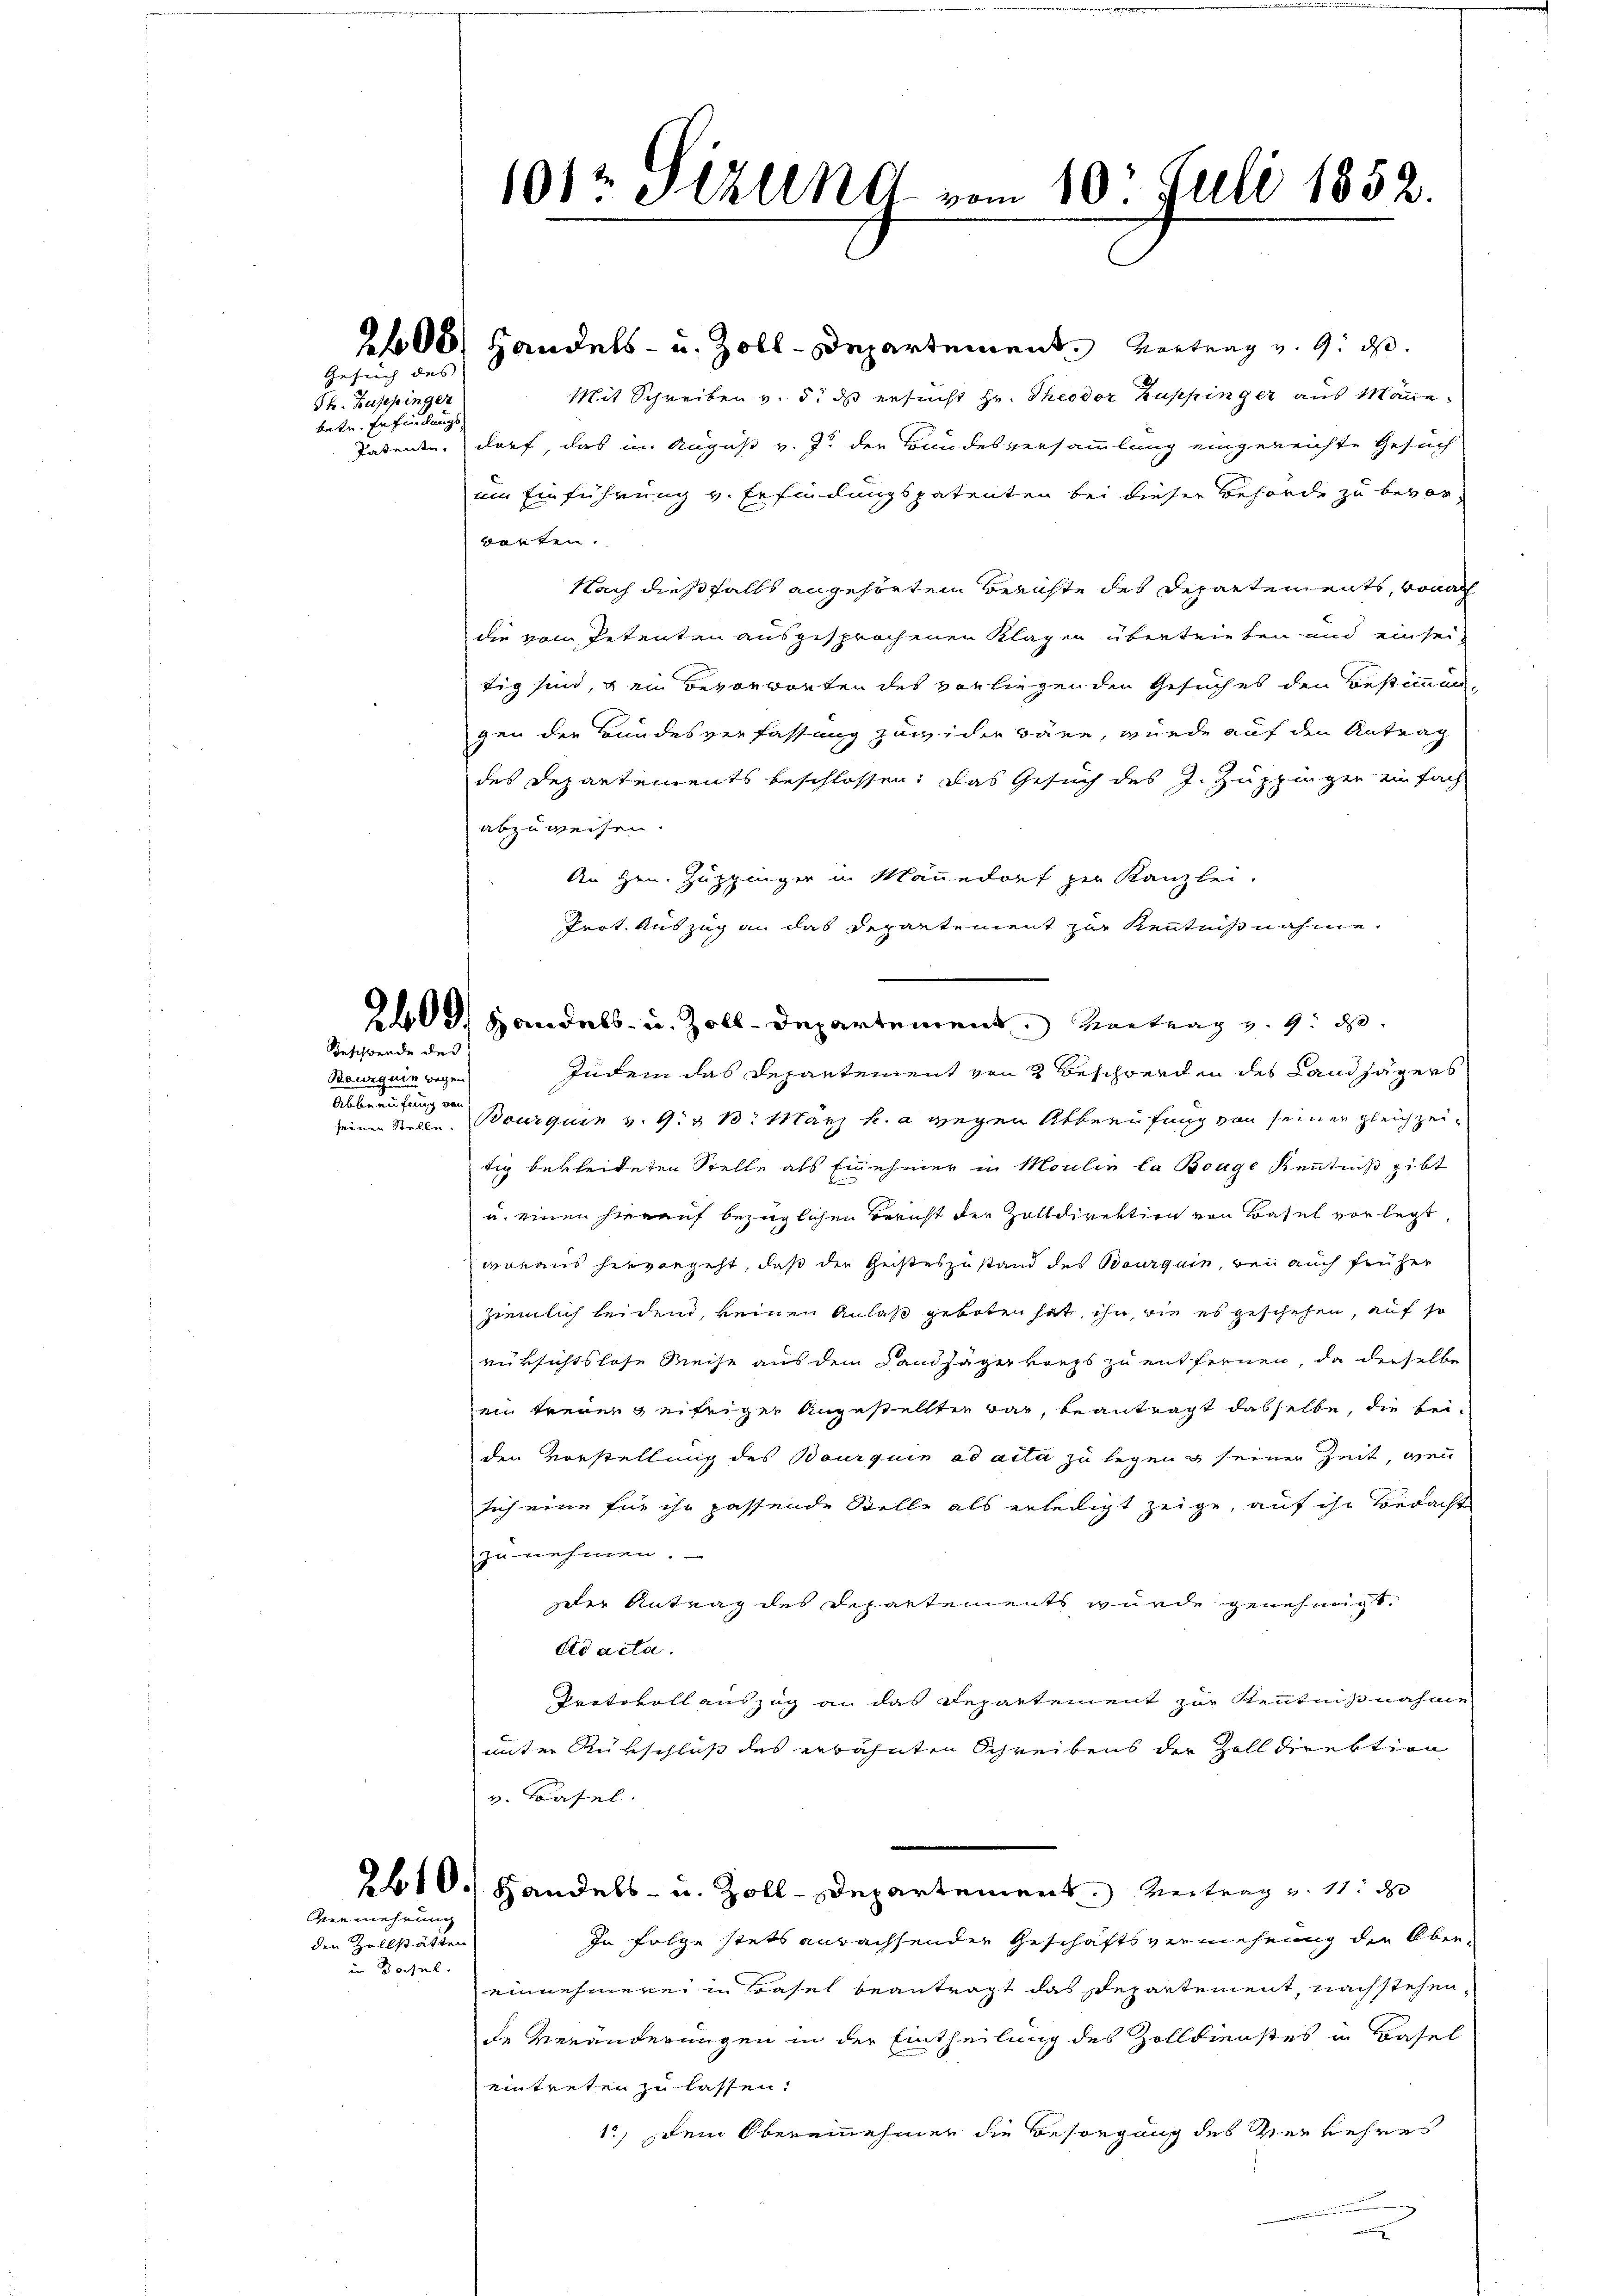
Gesuch des |

Sk. Zuppinger
betr. Erfindungs

200, Handels- u. Zoll-Departement. Vertrag v. 9. d.
Mit Schreiben v. 5. ds ersucht Hr. Theodor Kuppinger aus Manne
Patente, darf, das im August v. J. der Bundesversammlung eingereichte Gesuch
um Einführung v. Erfindungspatenten bei dieser Behörde zu bevorwarten.
Nach dießfalls angehörtem Berichte des Departements, wonach
die vom Petenten ausgesprochenen Klagen übertrieben und ein sei-
tig sind, & ein Bevorworten des vorliegenden Gesuches den Bestimmun-
gen der Bundesverfassung zuwider wäre, wurde auf den Antrag
des Departements beschlossen: das Gesuch des J. Zuppinger einfach
abzuweisen.
An Hrn. Zuppinger in Männedorf per Kanzlei-
Prot. Auszug an das Departement zur Kenntnißnahme.
d. Handels- u. Zoll-Departement. Vortrag v. 9. d.
zudem das Departement von 3 Beschwerden des Landjägers
seiner Stelle. Bourquin v. 9. 1. März h. a wegen Alberufung von seiner gleichzeitig bekleideten Stelle als Einehmer in Moulin la Bouge Kenntniß gibt
u. einen hierauf bezüglichen Bericht der Zolldirektion von Basel vorlegt,
daraus hervorgeht, daß der Geisteszustand des Baurquin, wenn auch früher
ziemlich leidend, keinen Anlaß geboten hat, ihn, wie es geschehen, auf so
rüksichtslose Weise aus dem Landjägerkorps zu entfernen, da derselbe
ein treuen geifriger Angestellten war, beantragt dasselbe, die beiden Vorstellung des Bourquin ad acta zu legen seiner Zeit, wenn
sich eine für ihr passende Stelle als erledigt zeige, auf ihr Bedacht
zu nehmen.
der Antrag des Departements wurde genehmigt.
ad acta.
Protokoll auszug an das Departement zur Kenntnißnahme
unter Rükschluß des erbahnten Schreibens der Zolldirektion
v. Basel.
2610. Handels- u. Zoll-Departement. Vertrag u. 11. d
In Folge stets anwachsenden Geschäftsvermehrung der Ober-
einnehmerei in Basel beantragt das Departement, nach stehen,
de Veränderungen in der Eintheilung des Zolldienstes in Basel
eintreten zu lassen.
1., dem Obereinehmer die Besorgung des Verkehres
we

Teschwende des

Bourquin wegen
Abberufung ein

Vermehrung

den Zollstätten
in Basel

1012 Stzung vom 10. Juli 1852.